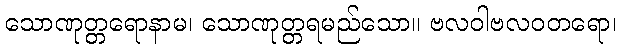
သောဏုတ္တရောနာမ၊ သောဏုတ္တရမည်သော။ ဗလဝါဗလဝတရော၊